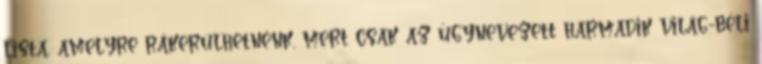
lista, amelyre rákerülhetnénk, mert csak az úgynevezett harmadik világ-béli